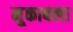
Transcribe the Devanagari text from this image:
मु्काबला